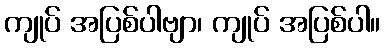
ကျုပ် အပြစ်ပါဗျာ၊ ကျုပ် အပြစ်ပါ။